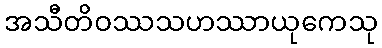
အသီတိဝဿသဟဿာယုကေသု